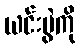
ယင်းပွဲကို